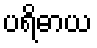
ပရိဓာယ